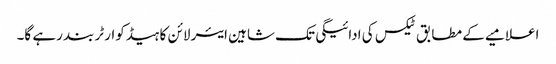
اعلامیے کے مطابق ٹیکس کی ادائیگی تک شاہین ایئر لائن کا ہیڈکوارٹر بند رہے گا۔